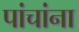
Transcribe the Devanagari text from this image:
पांचांना